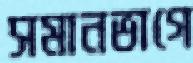
সমানভাগে